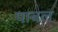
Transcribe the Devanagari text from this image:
पाबल